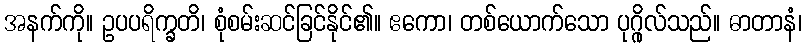
အနက်ကို။ ဥပပရိက္ခတိ၊ စုံစမ်းဆင်ခြင်နိုင်၏။ ဧကော၊ တစ်ယောက်သော ပုဂ္ဂိုလ်သည်။ ဓာတာနံ၊